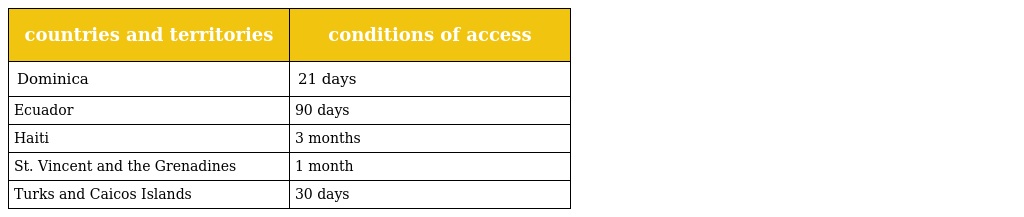
| countries and territories | conditions of access |
 | --- | --- |
 | Dominica | 21 days |
 | Ecuador | 90 days |
 | Haiti | 3 months |
 | St. Vincent and the Grenadines | 1 month |
 | Turks and Caicos Islands | 30 days |